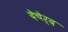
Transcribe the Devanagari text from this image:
देचेर्द